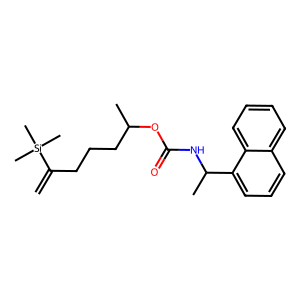
SMILES: C=C(CCCC(C)OC(=O)NC(C)c1cccc2ccccc12)[Si](C)(C)C
Inhibits HIV replication: No